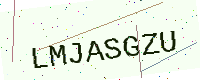
Text: LMJASGZU